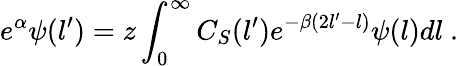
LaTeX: e^{\alpha}\psi(l^{\prime})=z\int_{0}^{\infty}C_{S}(l^{\prime})e^{-\beta(2l^{\prime}-l)}\psi(l)dl\ .